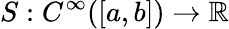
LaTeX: S:C^{\infty}([a,b])\to\mathbb{R}